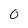
Character: 0